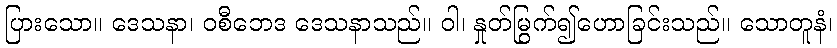
ပြားသော။ ဒေသနာ၊ ဝစီဘေဒ ဒေသနာသည်။ ဝါ၊ နှုတ်မြွက်၍ဟောခြင်းသည်။ သောတူနံ၊